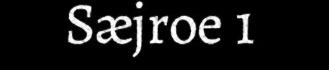
Sæjroe 1